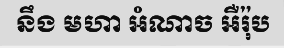
នឹង មហា អំណាច អឺរ៉ុប